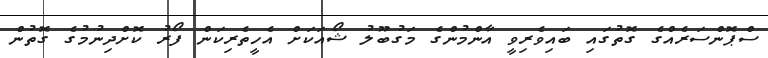
ސްޕޮންސަރެއްގެ ގޮތުގައި ބައިވެރިވީ އާންމުންގެ މަގުބޫލު ޝޯއަކަށް އެހީތެރިކަން ފޯރު ކޮށްދިނުމުގެ ގޮތުން